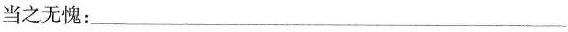
当之无愧：___